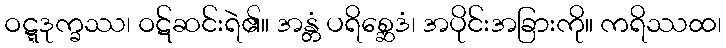
ဝဋ္ဋဒုက္ခဿ၊ ဝဋ်ဆင်းရဲ၏။ အန္တံ ပရိစ္ဆေဒံ၊ အပိုင်းအခြားကို။ ကရိဿထ၊